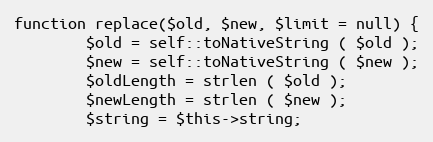
Language: PHP
function replace($old, $new, $limit = null) {
		$old = self::toNativeString ( $old );
		$new = self::toNativeString ( $new );
		$oldLength = strlen ( $old );
		$newLength = strlen ( $new );
		$string = $this->string;